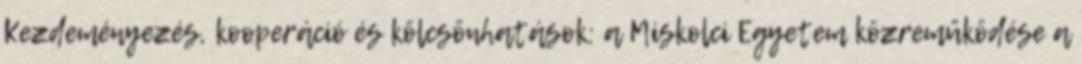
Kezdeményezés, kooperáció és kölcsönhatások: a Miskolci Egyetem közreműködése a